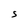
Character: S